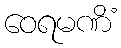
ဝေရမဏိံ